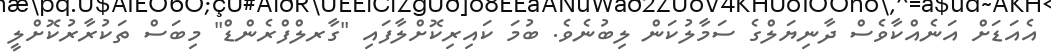
އެއަޑަށް އަނެއްކާވެސް ދާނިޔަލްގެ ސަމާލުކަން ލިބުނެވެ. ބުމަ ކައިރިކޮށްލާފައި "ގާރލްފްރެންޑް" މިބަސް ތަކުރާރުކޮށްލީ